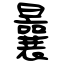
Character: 曩